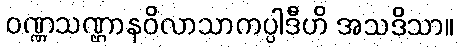
ဝဏ္ဏသဏ္ဌာနဝိလာသာကပ္ပါဒီဟိ အသဒိသာ။